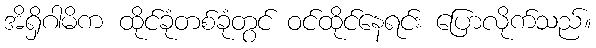
အိရှိဂါမိက ထိုင်ခုံတစ်ခုံတွင် ဝင်ထိုင်နေရင်း ပြောလိုက်သည်။